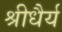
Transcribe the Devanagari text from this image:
श्रीधैर्य